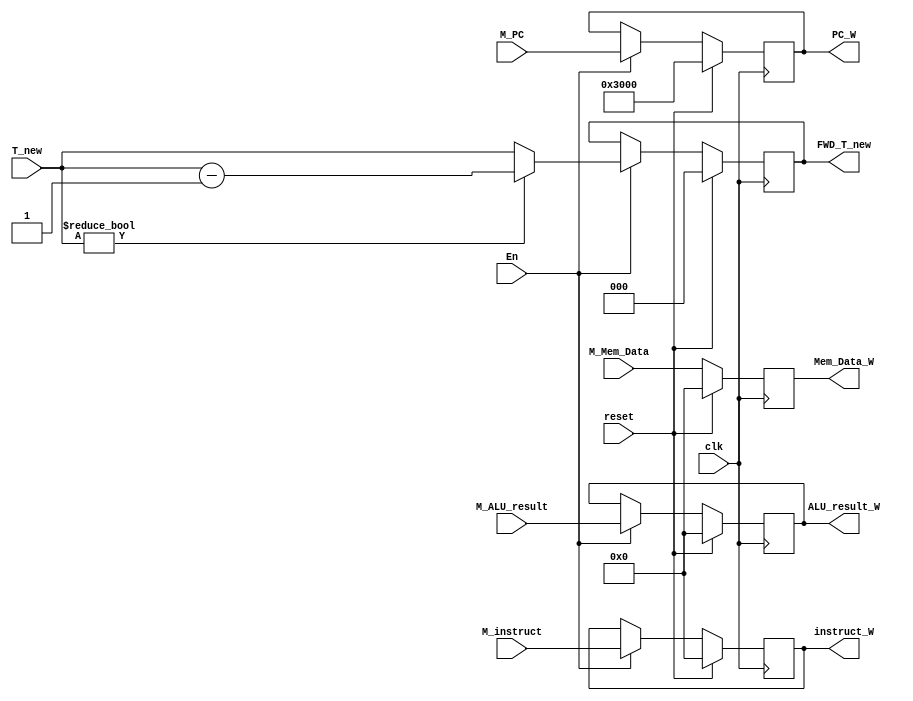
`timescale 1ns / 1ps
//////////////////////////////////////////////////////////////////////////////////
// Company: 
// Engineer: 
// 
// Design Name: 
// Module Name:    MEM_WB 
// Project Name: 
// Target Devices: 
// Tool versions: 
// Description: 
//
// Dependencies: 
//
// Revision: 
// Revision 0.01 - File Created
// Additional Comments: 
//
//////////////////////////////////////////////////////////////////////////////////
module MEM_WB(
    input [31:0] M_PC,
    input [31:0] M_instruct,
    input [31:0] M_ALU_result,
    input [31:0] M_Mem_Data,
    
    input [2:0]  T_new,

    input En,
    input clk,
    input reset,

    output reg [31:0] PC_W,
    output reg [31:0] instruct_W,
    output reg [31:0] ALU_result_W,
    output reg [31:0] Mem_Data_W,
    
    output reg [2:0]  FWD_T_new
    );

    always @(posedge clk) begin
        if(reset) begin
            PC_W <= 32'h0000_3000;
            instruct_W <= 32'h0000_0000;
            ALU_result_W <= 32'h0000_0000;
            Mem_Data_W <= 32'h0000_0000;
            
            FWD_T_new <= 3'h0;
        end
        else begin
            if(En) begin
                PC_W <= M_PC;
                instruct_W <= M_instruct;
                ALU_result_W <= M_ALU_result;
                Mem_Data_W <= M_Mem_Data;
                
                if(T_new != 3'h0)
                    FWD_T_new <= T_new - 3'h1;
                else
                    FWD_T_new <= T_new;
            end
            else begin
                PC_W <= PC_W;
                instruct_W <= instruct_W;
                ALU_result_W <= ALU_result_W;
                Mem_Data_W <= M_Mem_Data;
                
                FWD_T_new <= FWD_T_new;
            end
        end
    end


endmodule